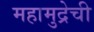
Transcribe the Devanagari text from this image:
महामुद्रेची